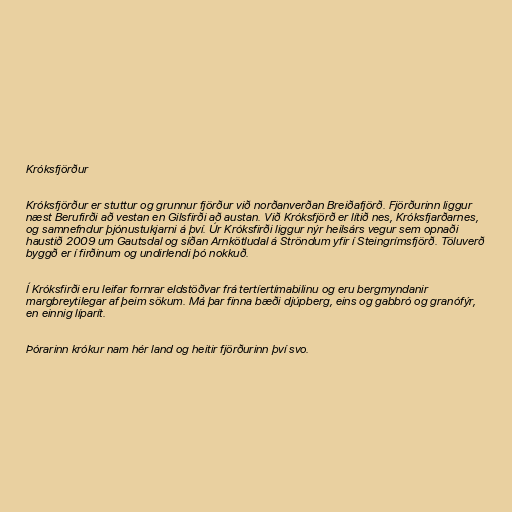
Króksfjörður

Króksfjörður er stuttur og grunnur fjörður við norðanverðan Breiðafjörð. Fjörðurinn liggur
næst Berufirði að vestan en Gilsfirði að austan. Við Króksfjörð er lítið nes, Króksfjarðarnes,
og samnefndur þjónustukjarni á því. Úr Króksfirði liggur nýr heilsárs vegur sem opnaði
haustið 2009 um Gautsdal og síðan Arnkötludal á Ströndum yfir í Steingrímsfjörð. Töluverð
byggð er í firðinum og undirlendi þó nokkuð.

Í Króksfirði eru leifar fornrar eldstöðvar frá tertíertímabilinu og eru bergmyndanir
margbreytilegar af þeim sökum. Má þar finna bæði djúpberg, eins og gabbró og granófýr,
en einnig líparít.

Þórarinn krókur nam hér land og heitir fjörðurinn því svo.